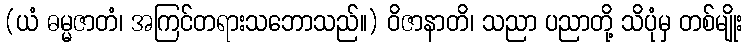
(ယံ ဓမ္မဇာတံ၊ အကြင်တရားသဘောသည်။) ဝိဇာနာတိ၊ သညာ ပညာတို့ သိပုံမှ တစ်မျိုး